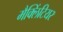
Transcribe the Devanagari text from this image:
मैक्लिंटियर